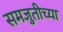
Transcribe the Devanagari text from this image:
समजुतीच्या